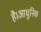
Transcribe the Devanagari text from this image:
है।आधुनिक